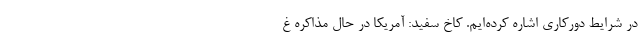
در شرایط دورکاری اشاره کرده‌ایم. کاخ سفید: آمریکا در حال مذاکره غ